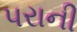
પરાની